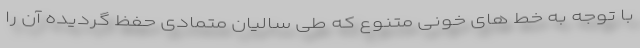
با توجه به خط های خونی متنوع که طی سالیان متمادی حفظ گردیده آن را